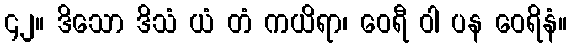
၄၂။ ဒိသော ဒိသံ ယံ တံ ကယိရာ၊ ဝေရီ ဝါ ပန ဝေရိနံ။